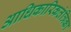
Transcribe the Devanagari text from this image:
आधिकारिकतंत्रिका